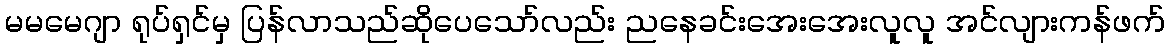
မမမေဂျာ ရုပ်ရှင်မှ ပြန်လာသည်ဆိုပေသော်လည်း ညနေခင်းအေးအေးလူလူ အင်လျားကန်ဖက်